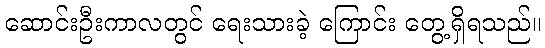
ဆောင်းဦးကာလတွင် ရေးသားခဲ့ ကြောင်း တွေ့ရှိရသည်။